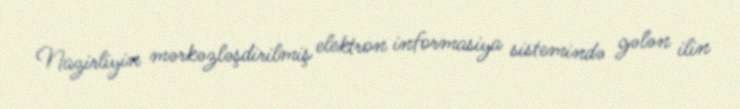
Nazirliyin mərkəzləşdirilmiş elektron informasiya sistemində gələn ilin